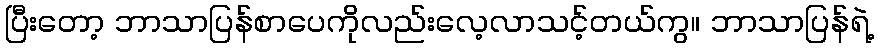
ပြီးတော့ ဘာသာပြန်စာပေကိုလည်းလေ့လာသင့်တယ်ကွ။ ဘာသာပြန်ရဲ့